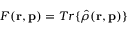
{ \cal F } ( { \bf r } , { \bf p } ) = T r \{ { \hat { \rho } } ( { \bf r } , { \bf p } ) \}